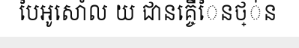
បៃអូសោំល យ ជានគ្ចើៃនថ្់ន